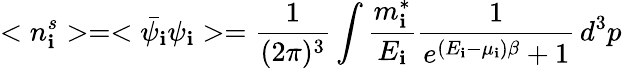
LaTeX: <n_{\mathbf{i}}^{s}>=<\bar{{\psi_{\mathbf{i}}}}\psi_{\mathbf{i}}>=\frac{{1}}{{(2\pi)^{3}}}\int\frac{{m_{\mathbf{i}}^{*}}}{{E_{\mathbf{i}}}}\frac{{1}}{{e^{(E_{\mathbf{i}}-\mu_{\mathbf{i}})\beta}+1}}\, d^{3}p